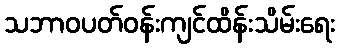
သဘာဝပတ်ဝန်းကျင်ထိန်းသိမ်းရေး